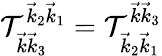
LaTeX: \mathcal{T}_{\vec{{k}}\vec{{k}}_{3}}^{\vec{{k}}_{2}\vec{{k}}_{1}}=\mathcal{T}_{\vec{{k}}_{2}\vec{{k}}_{1}}^{\vec{{k}}\vec{{k}}_{3}}